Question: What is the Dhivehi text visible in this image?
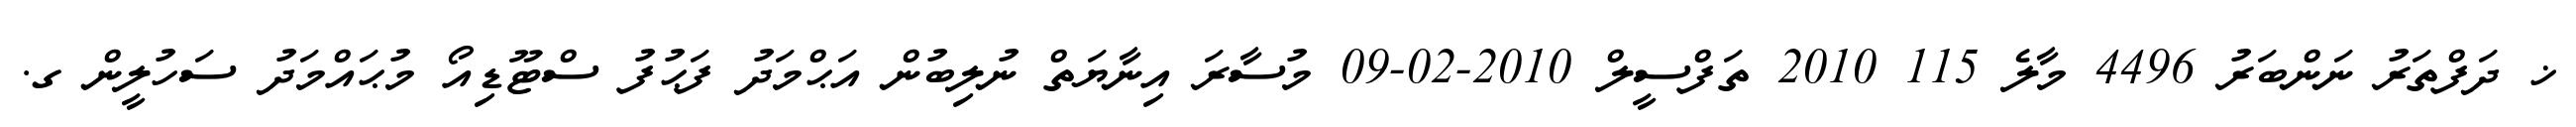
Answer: ޚ ދަފްތަރު ނަންބަރު 4496 މާލެ 115 2010 ތަފްސީލް 2010-02-09 މުސާރަ އިނާޔަތް ނުލިބުން އަޙްމަދު ފަޙުފު ސްޓޫޑިއޯ މުޙައްމަދު ސަހުލީން ގ.